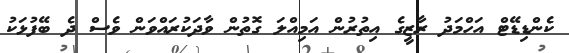
ކެންޑިޑޭޓް އަހްމަދު ރާޒީގެ އިތުރުން އަމިއްލަ ގޮތުން ވާދަކުރައްވަން ވެސް ދެ ބޭފުޅަކު